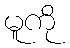
မူကို